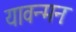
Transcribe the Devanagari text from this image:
यावन्मनः